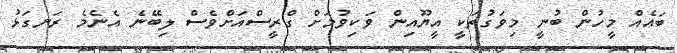
ބައެއް މީހުން ބުނީ މިވަގުތަކީ އީޔޫއިން ވަކިވުމަށް ގްރީސްއަށްވެސް ލިބޭނެ އެނެމެ ރަނގަޅު